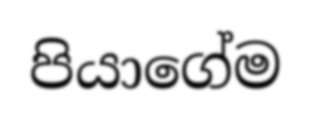
පියාගේම